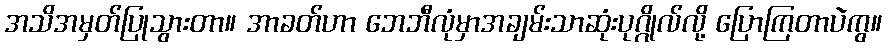
အသိအမှတ်ပြုသွားတာ။ အာခတ်ဟာ ဘေဘီလုံမှာအချမ်းသာဆုံးပုဂ္ဂိုလ်လို့ ပြောကြတာပဲကွ။